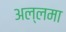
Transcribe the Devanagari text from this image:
अल्लमा